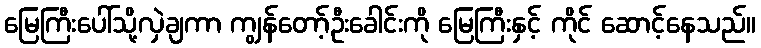
မြေကြီးပေါ်သို့လှဲချကာ ကျွန်တော့်ဦးခေါင်းကို မြေကြီးနှင့် ကိုင် ဆောင့်နေသည်။